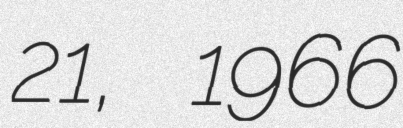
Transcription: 21, 1966